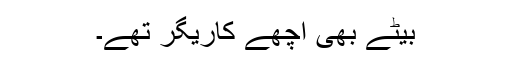
بیٹے بھی اچھے کاریگر تھے۔